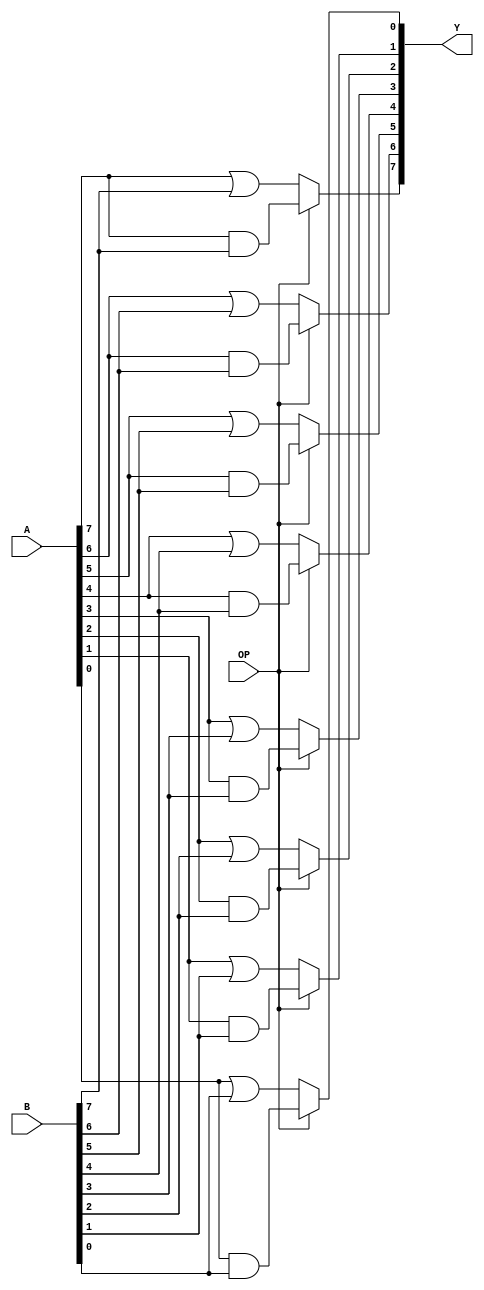
module logical(A, B, OP, Y); 

// add all inputs and outputs inside parentheses
  // inputs

  input [7:0] A;
  input [7:0] B;
  input OP;

  // outputs
  output [7:0] Y;	

  // reg and internal variable definitions
	reg [7:0]Y;


  // implement module here
always@(*) begin
// AND
	if (OP==1'b1)
	begin
		Y[7]=A[7]&B[7];
		Y[6]=A[6]&B[6];
		Y[5]=A[5]&B[5];
		Y[4]=A[4]&B[4];
		Y[3]=A[3]&B[3];
		Y[2]=A[2]&B[2];
		Y[1]=A[1]&B[1];
		Y[0]=A[0]&B[0];
		
	end
	
// OR
	else
	begin
		Y[7]=A[7]|B[7];
		Y[6]=A[6]|B[6];
		Y[5]=A[5]|B[5];
		Y[4]=A[4]|B[4];
		Y[3]=A[3]|B[3];
		Y[2]=A[2]|B[2];
		Y[1]=A[1]|B[1];
		Y[0]=A[0]|B[0];
	end
end
endmodule